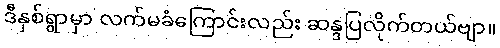
ဒီနှစ်ရွာမှာ လက်မခံကြောင်းလည်း ဆန္ဒပြလိုက်တယ်ဗျာ။